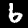
Digit: 6